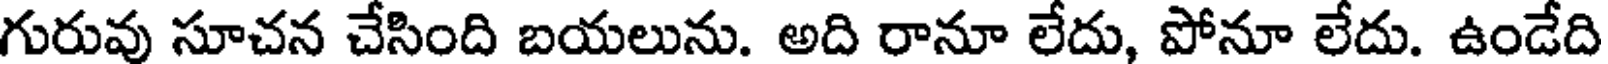
గురువు సూచన చేసింది బయలును. అది రానూ లేదు, పోనూ లేదు. ఉండేది